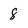
Character: 8